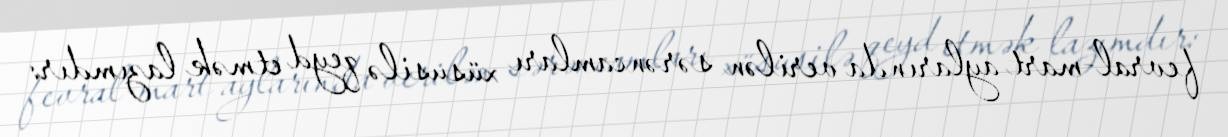
fevral-mart aylarında verilən sərəncamları xüsusilə qeyd etmək lazımdır: